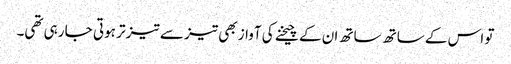
تو اس کے ساتھ ساتھ ان کے چیخنے کی آواز بھی تیز سے تیز تر ہوتی جا رہی تھی۔